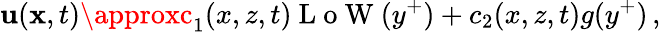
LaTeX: \mathbf{u}({\mathbf{x}},t)\approxc_{1}(x,z,t)\mathrm{{~L~o~W~}}(y^{+})+c_{2}(x,z,t)g(y^{+})\, ,